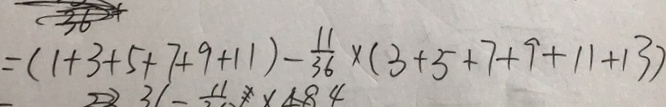
= ( 1 + 3 + 5 + 7 + 9 + 1 1 ) - \frac { 1 1 } { 3 6 } \times ( 3 + 5 + 7 + 9 + 1 1 + 1 3 )